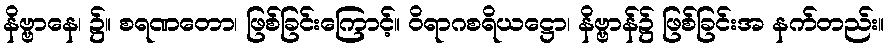
နိဗ္ဗာနေ၊ ၌။ စရဏတော၊ ဖြစ်ခြင်းကြောင့်။ ဝိရာဂစရိယဋ္ဌော၊ နိဗ္ဗာန်၌ ဖြစ်ခြင်းအ နက်တည်း။